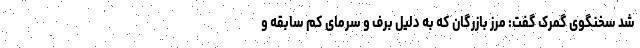
شد سخنگوی گمرک گفت: مرز بازرگان که به دلیل برف و سرمای کم سابقه و